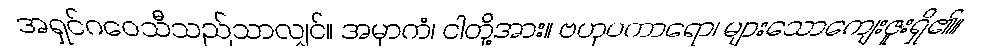
အရှင်ဂဝေသီသည်သာလျှင်။ အမှာကံ၊ ငါတို့အား။ ဗဟုပကာရော၊ များသောကျေးဇူးရှိ၏။